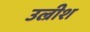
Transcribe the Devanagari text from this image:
उल्रीश